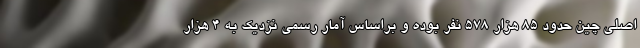
اصلی چین حدود 85 هزار 578 نفر بوده و براساس آمار رسمی نزدیک به 4 هزار